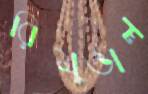
রিমুভাল